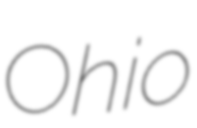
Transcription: Ohio